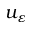
u _ { \varepsilon }